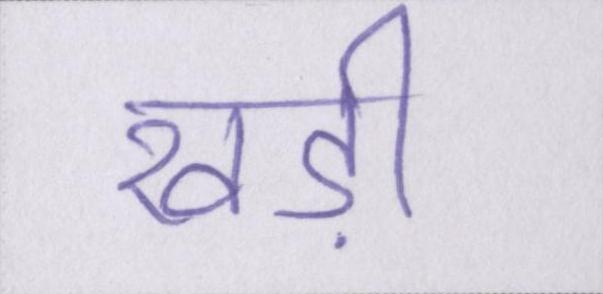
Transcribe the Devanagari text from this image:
खड़ी